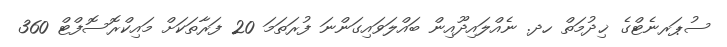
ސުޕަރނެޓްގެ ޚިދުމަތް ހދ. ނެއްލައިދޫއިން ބައްލަވައިގަންނަ ފުރަތަމަ 20 ފަރާތަކަށް މައިކްރޮސޮފްޓް 360